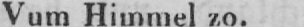
Vum Himmel zo.